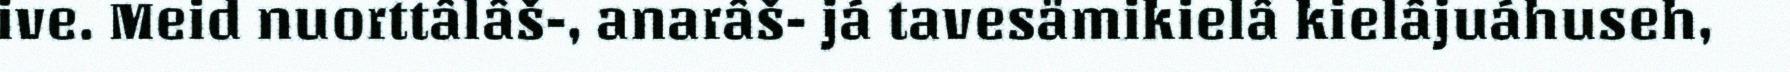
ive. Meid nuorttâlâš-, anarâš- já tavesämikielâ kielâjuáhuseh,